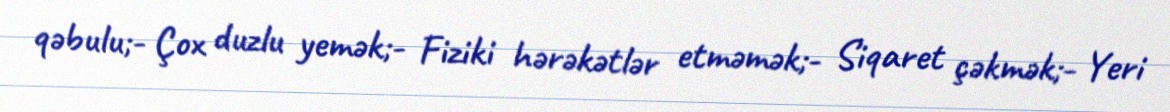
qəbulu;- Çox duzlu yemək;- Fiziki hərəkətlər etməmək;- Siqaret çəkmək;- Yeri